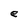
Character: e